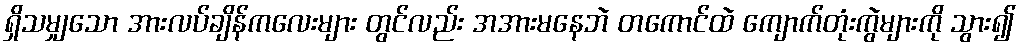
ရှိသမျှသော အားလပ်ချိန်ကလေးများ တွင်လည်း အအားမနေဘဲ တကောင်ထဲ ကျောက်တုံးကွဲများကို သွား၍